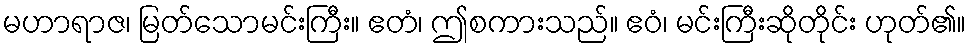
မဟာရာဇ၊ မြတ်သောမင်းကြီး။ ဧတံ၊ ဤစကားသည်။ ဧဝံ၊ မင်းကြီးဆိုတိုင်း ဟုတ်၏။